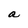
Character: a